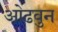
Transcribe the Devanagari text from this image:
ओढवुन